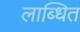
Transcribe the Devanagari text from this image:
लाब्धित